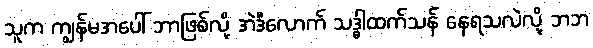
သူက ကျွန်မအပေါ် ဘာဖြစ်လို့ အဲဒီလောက် သဒ္ဓါထက်သန် နေရသလဲလို့ ဘဘ